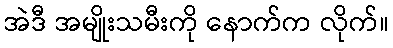
အဲဒီ အမျိုးသမီးကို နောက်က လိုက်။